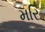
મરિ